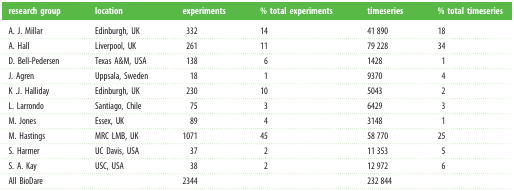
<table><thead><tr><td><b>research group</b></td><td><b>location</b></td><td><b>experiments</b></td><td><b>% total experiments</b></td><td><b>timeseries</b></td><td><b>% total timeseries</b></td></tr></thead><tbody><tr><td>A. J. Millar</td><td>Edinburgh, UK</td><td>332</td><td>14</td><td>41 890</td><td>18</td></tr><tr><td>A. Hall</td><td>Liverpool, UK</td><td>261</td><td>11</td><td>79 228</td><td>34</td></tr><tr><td>D. Bell-Pedersen</td><td>Texas A&amp;M, USA</td><td>138</td><td>6</td><td>1428</td><td>1</td></tr><tr><td>J. Agren</td><td>Uppsala, Sweden</td><td>18</td><td>1</td><td>9370</td><td>4</td></tr><tr><td>K .J. Halliday</td><td>Edinburgh, UK</td><td>230</td><td>10</td><td>5043</td><td>2</td></tr><tr><td>L. Larrondo</td><td>Santiago, Chile</td><td>75</td><td>3</td><td>6429</td><td>3</td></tr><tr><td>M. Jones</td><td>Essex, UK</td><td>89</td><td>4</td><td>3148</td><td>1</td></tr><tr><td>M. Hastings</td><td>MRC LMB, UK</td><td>1071</td><td>45</td><td>58 770</td><td>25</td></tr><tr><td>S. Harmer</td><td>UC Davis, USA</td><td>37</td><td>2</td><td>11 353</td><td>5</td></tr><tr><td>S. A. Kay</td><td>USC, USA</td><td>38</td><td>2</td><td>12 972</td><td>6</td></tr><tr><td>All BioDare</td><td></td><td>2344</td><td></td><td>232 844</td><td></td></tr></tbody></table>